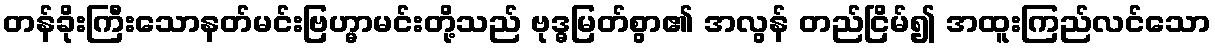
တန်ခိုးကြီးသောနတ်မင်းဗြဟ္မာမင်းတို့သည် ဗုဒ္ဓမြတ်စွာ၏ အလွန် တည်ငြိမ်၍ အထူးကြည်လင်သော